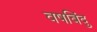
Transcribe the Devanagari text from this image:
वषबिंदु